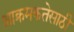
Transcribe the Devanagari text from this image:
आक्रमकतेसाठी